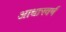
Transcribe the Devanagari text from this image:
आधारवर्ष